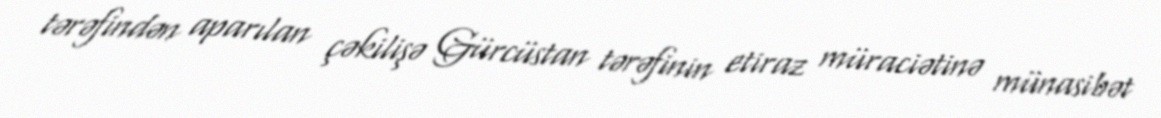
tərəfindən aparılan çəkilişə Gürcüstan tərəfinin etiraz müraciətinə münasibət